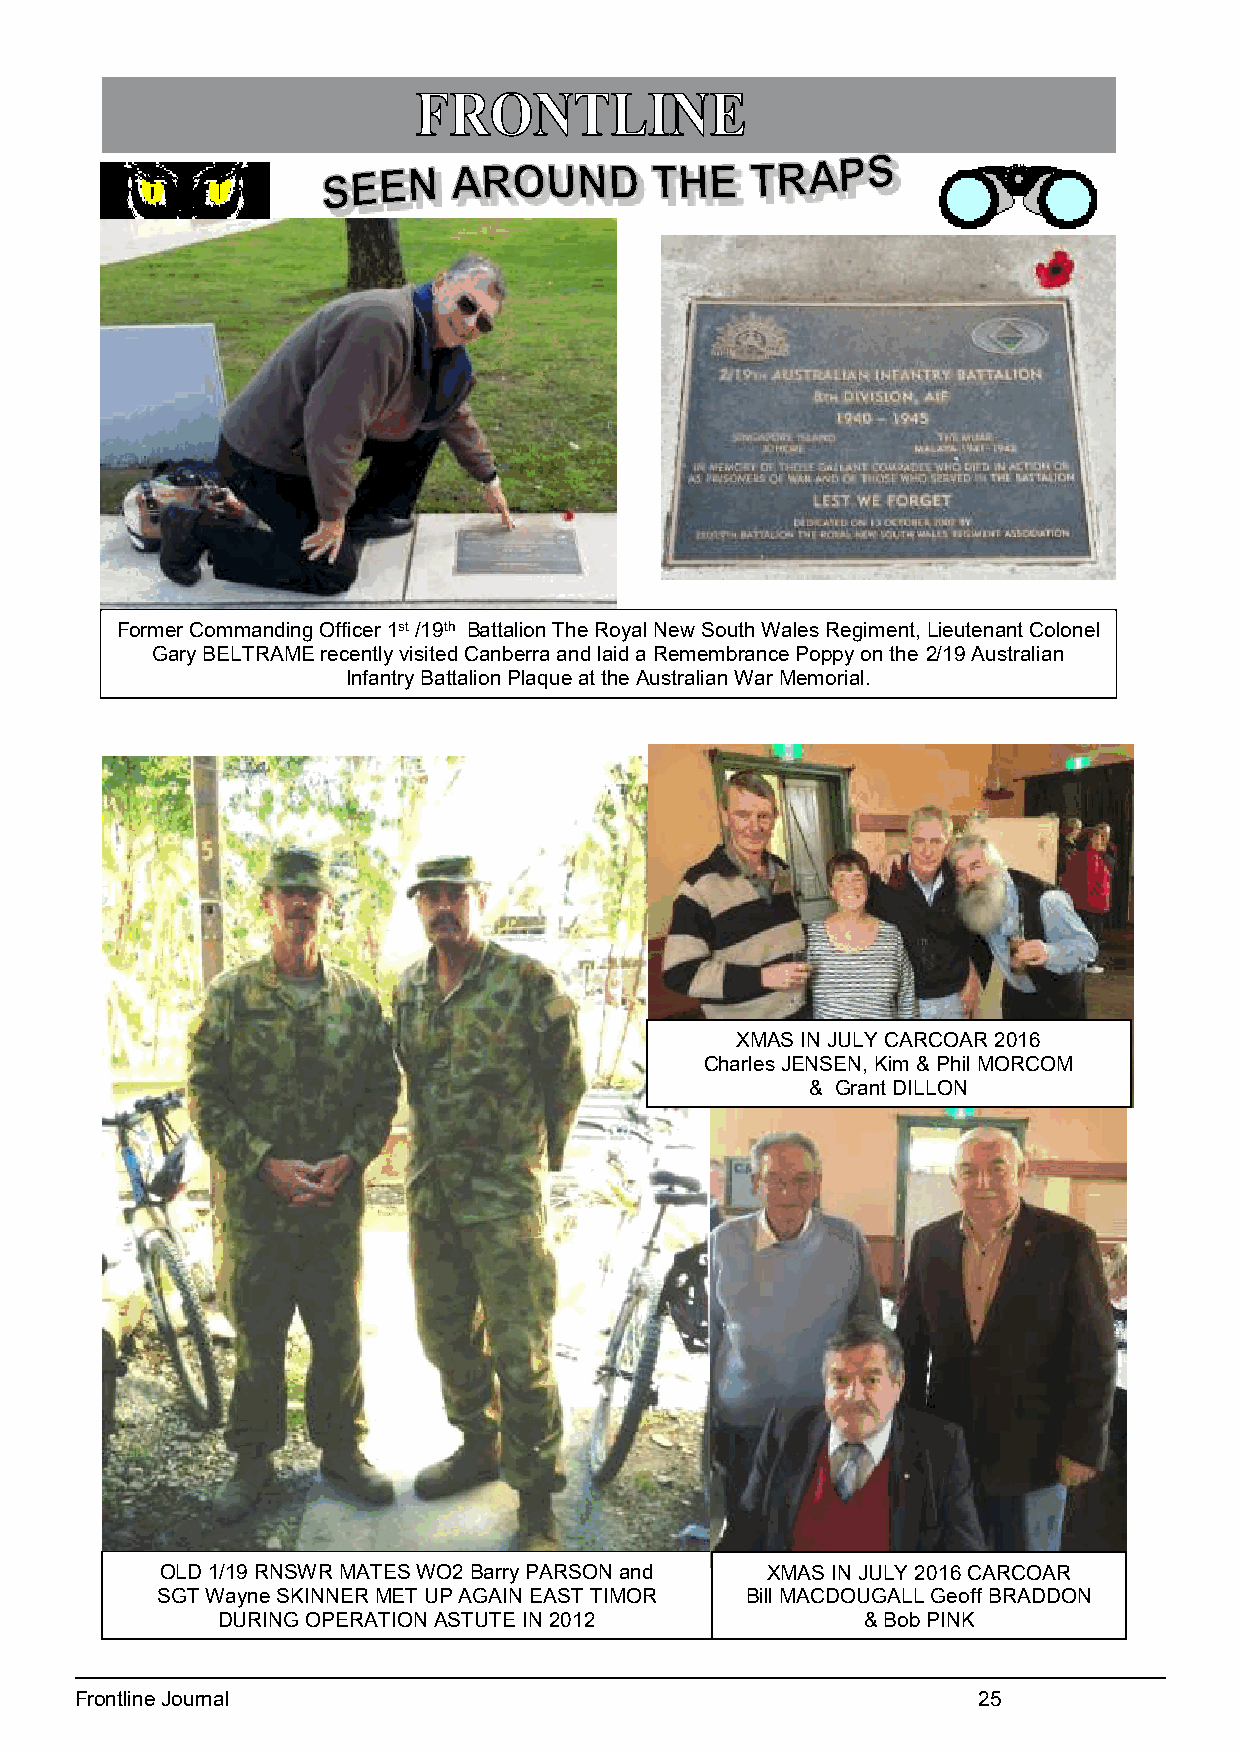
Former Commanding Officer 1st /19th Battalion The Royal New South Wales Regiment, Lieutenant Colonel
 Gary BELTRAME recently visited Canberra and laid a Remembrance Poppy on the 2/19 Australian
 Infantry Battalion Plaque at the Australian War Memorial.
 XMAS IN JULY CARCOAR 2016
 Charles JENSEN, Kim & Phil MORCOM
 & Grant DILLON
 OLD 1/19 RNSWR MATES WO2 Barry PARSON and XMAS IN JULY 2016 CARCOAR
 SGT Wayne SKINNER MET UP AGAIN EAST TIMOR Bill MACDOUGALL Geoff BRADDON
 DURING OPERATION ASTUTE IN 2012            & Bob PINK
 14
 Frontline Journal                                           25